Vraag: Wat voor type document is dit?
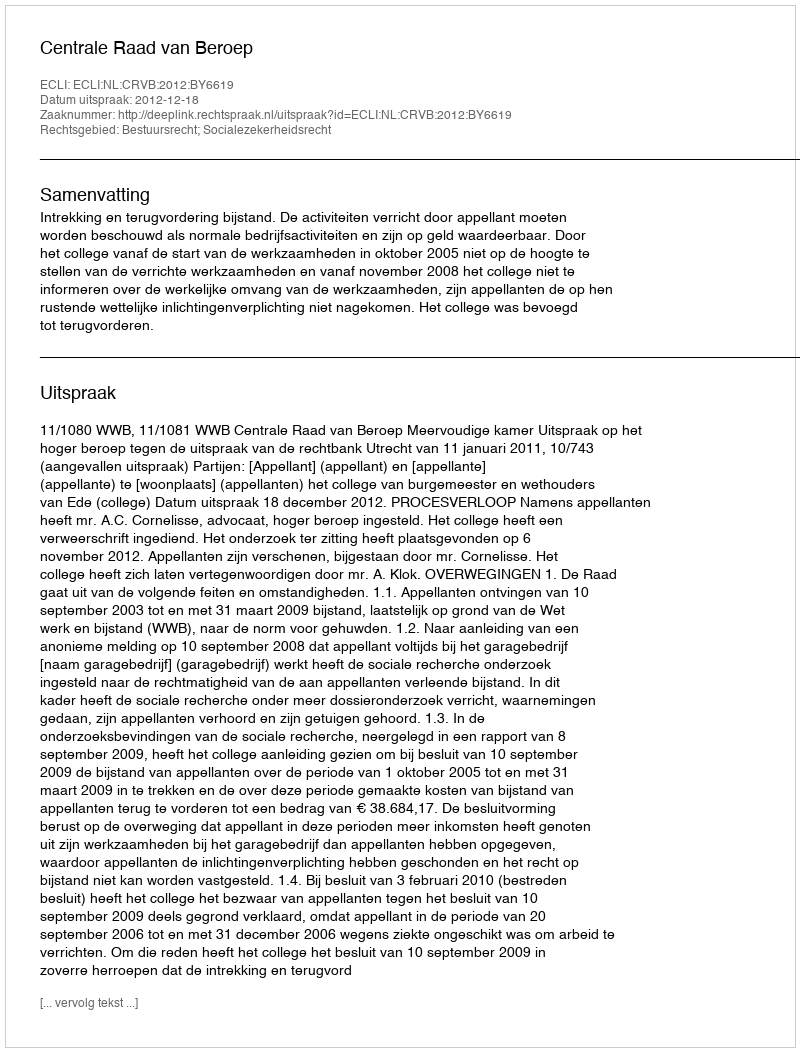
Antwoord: Uitspraak